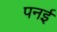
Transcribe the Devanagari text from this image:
पनई